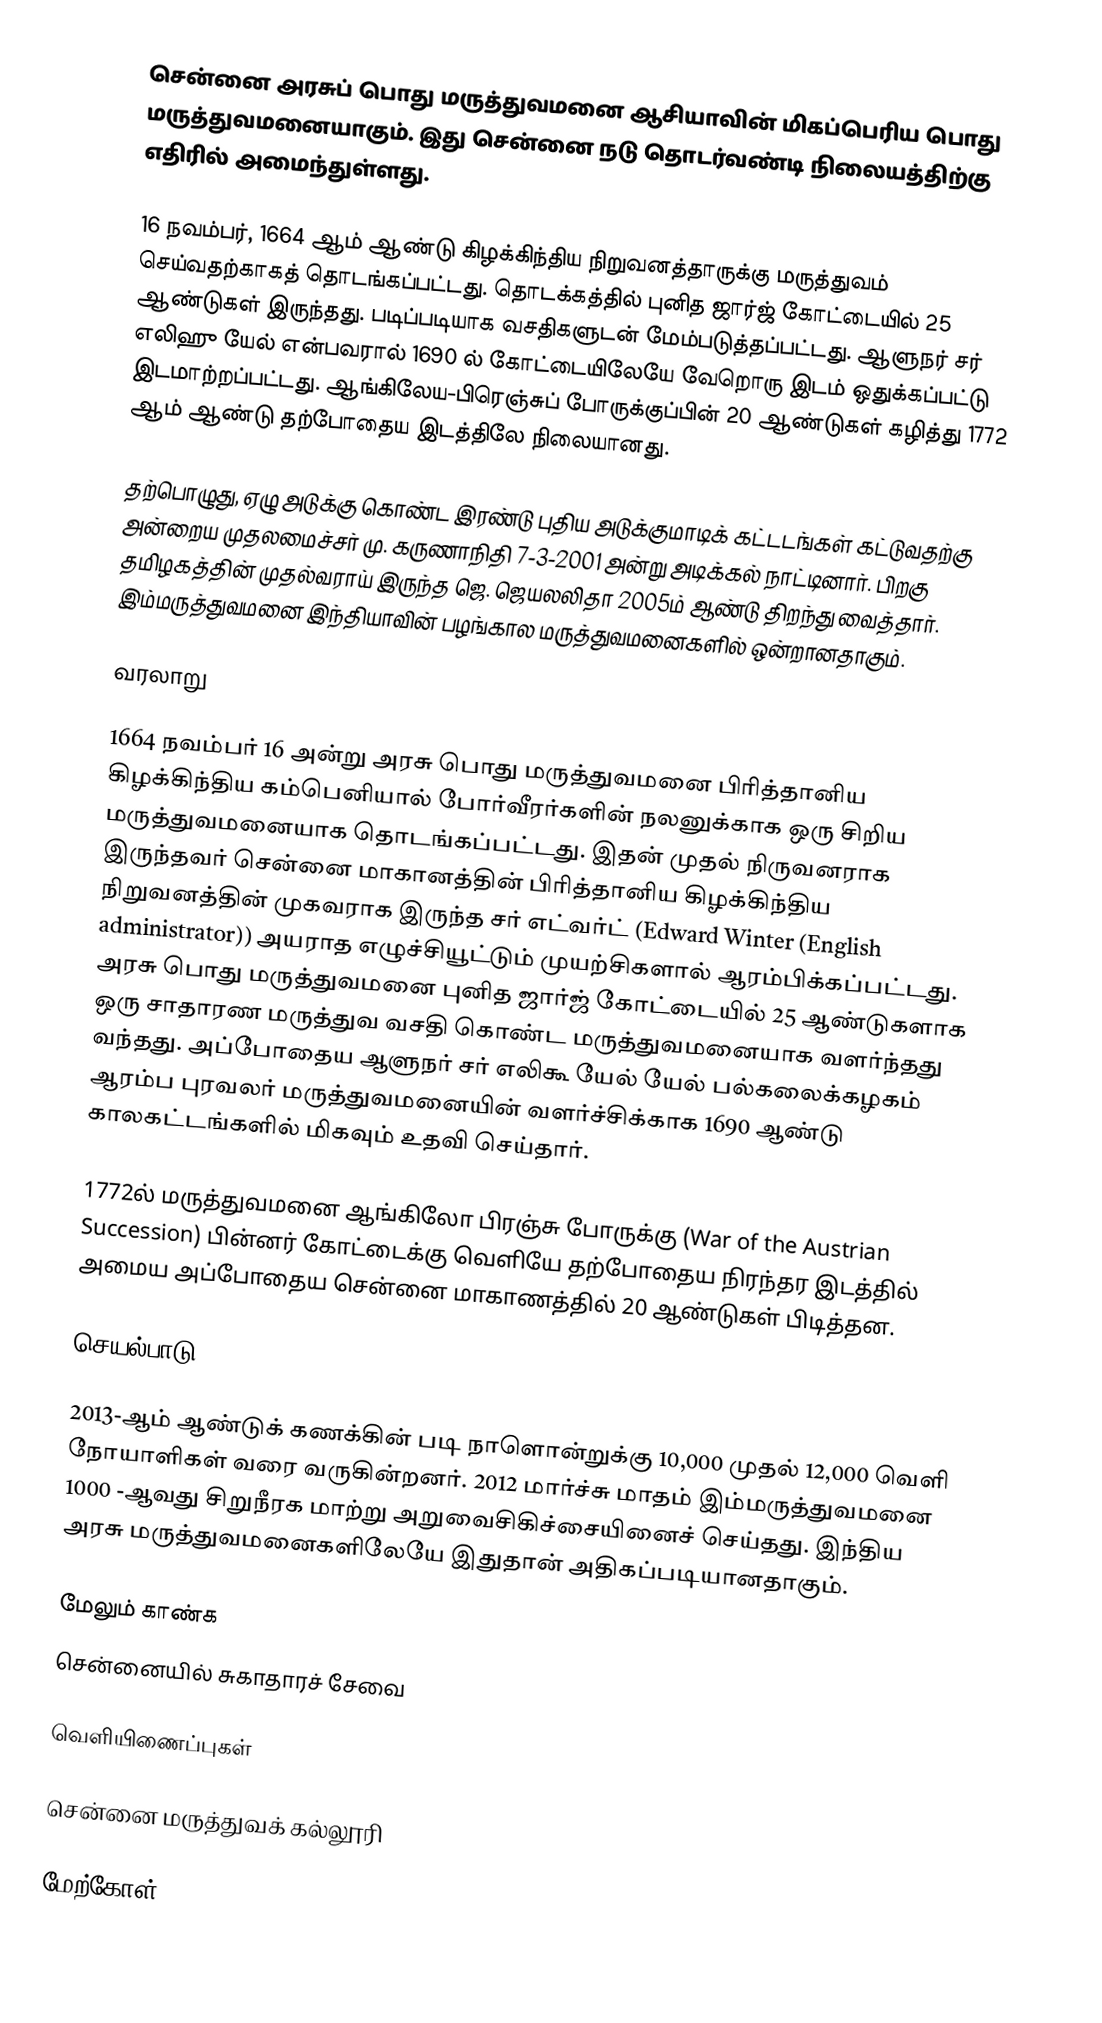
சென்னை அரசுப் பொது மருத்துவமனை ஆசியாவின் மிகப்பெரிய பொது மருத்துவமனையாகும். இது சென்னை நடு தொடர்வண்டி நிலையத்திற்கு எதிரில் அமைந்துள்ளது.

16 நவம்பர், 1664 ஆம் ஆண்டு கிழக்கிந்திய நிறுவனத்தாருக்கு மருத்துவம் செய்வதற்காகத் தொடங்கப்பட்டது. தொடக்கத்தில் புனித ஜார்ஜ் கோட்டையில் 25 ஆண்டுகள் இருந்தது. படிப்படியாக வசதிகளுடன் மேம்படுத்தப்பட்டது. ஆளுநர் சர் எலிஹு யேல் என்பவரால் 1690 ல் கோட்டையிலேயே வேறொரு இடம் ஒதுக்கப்பட்டு இடமாற்றப்பட்டது. ஆங்கிலேய-பிரெஞ்சுப் போருக்குப்பின் 20 ஆண்டுகள் கழித்து 1772 ஆம் ஆண்டு தற்போதைய இடத்திலே நிலையானது.

தற்பொழுது, ஏழு அடுக்கு கொண்ட இரண்டு புதிய அடுக்குமாடிக் கட்டடங்கள் கட்டுவதற்கு அன்றைய முதலமைச்சர் மு. கருணாநிதி 7-3-2001 அன்று அடிக்கல் நாட்டினார். பிறகு தமிழகத்தின் முதல்வராய் இருந்த ஜெ. ஜெயலலிதா 2005ம் ஆண்டு  திறந்து வைத்தார். இம்மருத்துவமனை இந்தியாவின் பழங்கால மருத்துவமனைகளில் ஒன்றானதாகும்.

வரலாறு

1664 நவம்பர் 16 அன்று அரசு பொது மருத்துவமனை பிரித்தானிய கிழக்கிந்திய கம்பெனியால் போர்வீரர்களின் நலனுக்காக ஒரு சிறிய மருத்துவமனையாக தொடங்கப்பட்டது. இதன் முதல் நிருவனராக இருந்தவர் சென்னை மாகானத்தின் பிரித்தானிய கிழக்கிந்திய நிறுவனத்தின் முகவராக இருந்த சர் எட்வர்ட் (Edward Winter (English administrator)) அயராத எழுச்சியூட்டும் முயற்சிகளால் ஆரம்பிக்கப்பட்டது. அரசு பொது மருத்துவமனை புனித ஜார்ஜ் கோட்டையில் 25 ஆண்டுகளாக ஒரு சாதாரண மருத்துவ வசதி கொண்ட மருத்துவமனையாக வளர்ந்தது வந்தது. அப்போதைய ஆளுநர் சர் எலிகூ யேல் யேல் பல்கலைக்கழகம் ஆரம்ப புரவலர் மருத்துவமனையின் வளர்ச்சிக்காக 1690 ஆண்டு காலகட்டங்களில் மிகவும் உதவி செய்தார்.

1772ல் மருத்துவமனை ஆங்கிலோ பிரஞ்சு போருக்கு (War of the Austrian Succession) பின்னர் கோட்டைக்கு  வெளியே தற்போதைய நிரந்தர இடத்தில் அமைய அப்போதைய சென்னை மாகாணத்தில் 20 ஆண்டுகள் பிடித்தன.

செயல்பாடு

2013-ஆம் ஆண்டுக் கணக்கின் படி நாளொன்றுக்கு 10,000 முதல் 12,000 வெளி நோயாளிகள் வரை வருகின்றனர். 2012 மார்ச்சு மாதம் இம்மருத்துவமனை 1000 -ஆவது சிறுநீரக மாற்று அறுவைசிகிச்சையினைச் செய்தது. இந்திய அரசு மருத்துவமனைகளிலேயே இதுதான் அதிகப்படியானதாகும்.

மேலும் காண்க
 சென்னையில் சுகாதாரச் சேவை

வெளியிணைப்புகள்

சென்னை மருத்துவக் கல்லூரி

மேற்கோள்